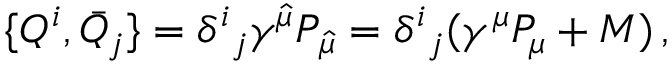
{ } \{ Q ^ { i } , \bar { Q } _ { j } \} = \delta ^ { i } { } _ { j } \gamma ^ { \hat { \mu } } P _ { \hat { \mu } } = \delta ^ { i } { } _ { j } ( \gamma ^ { \mu } P _ { \mu } + M ) \, ,